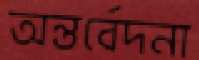
অন্তর্বেদনা